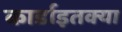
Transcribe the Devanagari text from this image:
कार्डाइतक्या